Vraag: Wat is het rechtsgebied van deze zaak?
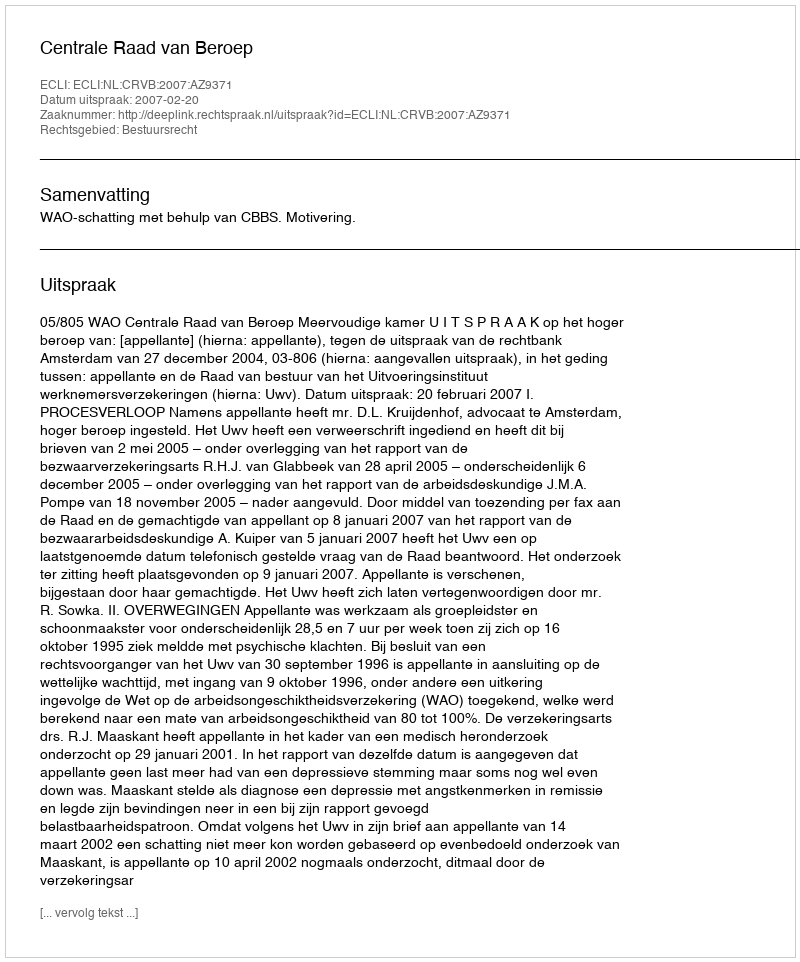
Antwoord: Bestuursrecht